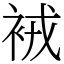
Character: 䘬